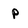
Character: p